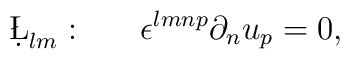
\d\L_{lm}:~~~~~\epsilon^{lmnp}\partial_nu_p=0,